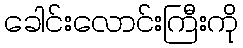
ခေါင်းလောင်းကြီးကို